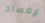
لإفساد